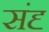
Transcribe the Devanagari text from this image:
संदृ